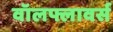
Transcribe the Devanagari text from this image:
वॉलफ्लावर्स